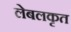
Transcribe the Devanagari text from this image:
लेबलकृत